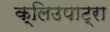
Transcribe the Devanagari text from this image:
क्लिउपाट्रा